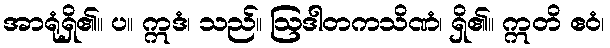
အာရုံရှိ၏။ ပ။ ဣဒံ၊ သည်။ ဩဒါတကသိဏံ၊ ရှိ၏။ ဣတိ ဧဝံ၊